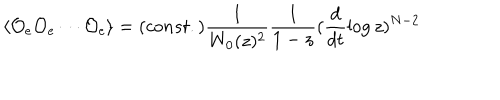
\langle { \cal O } _ { e } { \cal O } _ { e } \cdots { \cal O } _ { e } \rangle = ( c o n s t . ) \frac { 1 } { W _ { 0 } ( z ) ^ { 2 } } \frac { 1 } { 1 - z } ( \frac { d } { d t } \log z ) ^ { N - 2 }